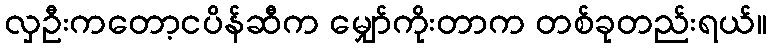
လှဦးကတော့ငပိန်ဆီက မျှော်ကိုးတာက တစ်ခုတည်းရယ်။